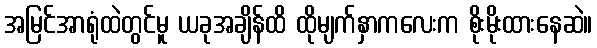
အမြင်အာရုံထဲတွင်မူ ယခုအချိန်ထိ ထိုမျက်နှာကလေးက စိုးမိုးထားနေဆဲ။